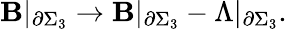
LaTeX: \mathbf{B}|_{\partial\Sigma_{3}}\rightarrow\mathbf{B}|_{\partial\Sigma_{3}}-\Lambda|_{\partial\Sigma_{3}}.